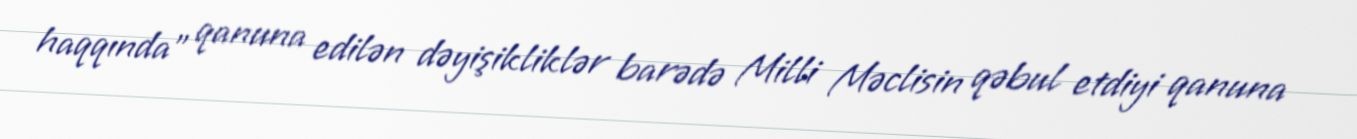
haqqında” qanuna edilən dəyişikliklər barədə Milli Məclisin qəbul etdiyi qanuna